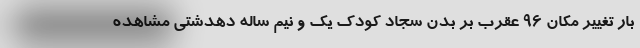
بار تغییر مکان ۹۶ عقرب بر بدن سجاد کودک یک و نیم ساله دهدشتی مشاهده